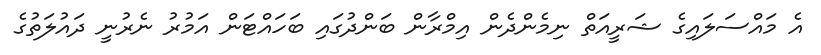
އެ މައްސަލައިގެ ޝަރީއަތް ނިމެންދެން އިމްރާން ބަންދުގައި ބަހައްޓަން އަމުރު ނެރުނީ ދައުލަތުގެ